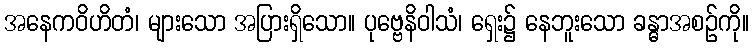
အနေကဝိဟိတံ၊ များသော အပြားရှိသော။ ပုဗ္ဗေနိဝါသံ၊ ရှေး၌ နေဘူးသော ခန္ဓာအစဉ်ကို။